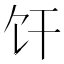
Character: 𫗞